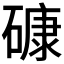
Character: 𥕎